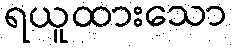
ရယူထားသော